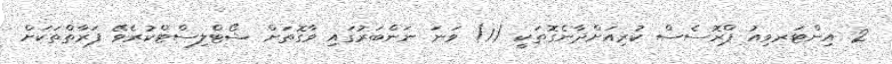
2. އިންޓަރވިއު ޕްރޮސެސް ކުރިއަށްދާނެގޮތަކީ (1) ވަނަ ނަންބަރުގައި ވާގޮތަށް ޝޯޓްލިސްޓްކުރެވޭ ފަރާތްތަކަށް